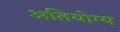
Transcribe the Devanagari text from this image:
अतियोग्य